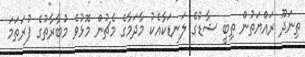
ތިނަދޫ ރައްޔަތުން ތިބީ ޝާޑުގެ ލަނޑަކާއެކު މާދަމާގެ މެޗުން މޮޅުވެ މުބާރާތުގެ ފުރަތަމަ